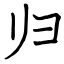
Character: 归